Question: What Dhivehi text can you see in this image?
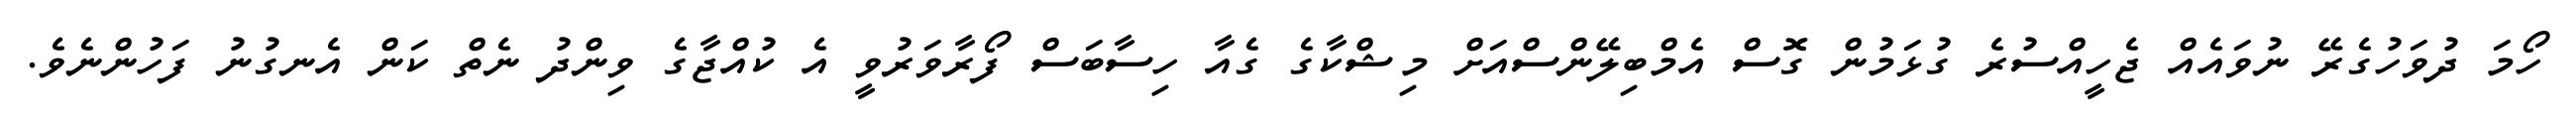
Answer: ހޯމަ ދުވަހުގެރޭ ނުވައެއް ޖެހީއްސުރެ ގުޅަމުން ގޮސް އެމްބިލޭންސްއަށް މިޝްކާގެ ގެއާ ހިސާބަސް ފޯރާވަރުވީ އެ ކުއްޖާގެ ވިންދު ނެތް ކަން އެނގުނު ފަހުންނެވެ.